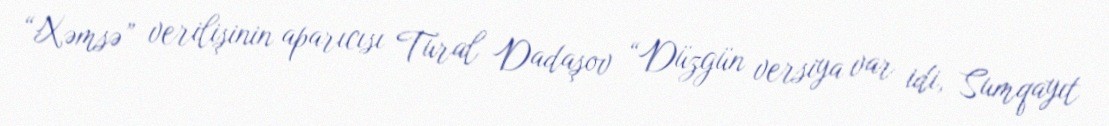
“Xəmsə” verilişinin aparıcısı Tural Dadaşov “Düzgün versiya var idi, Sumqayıt